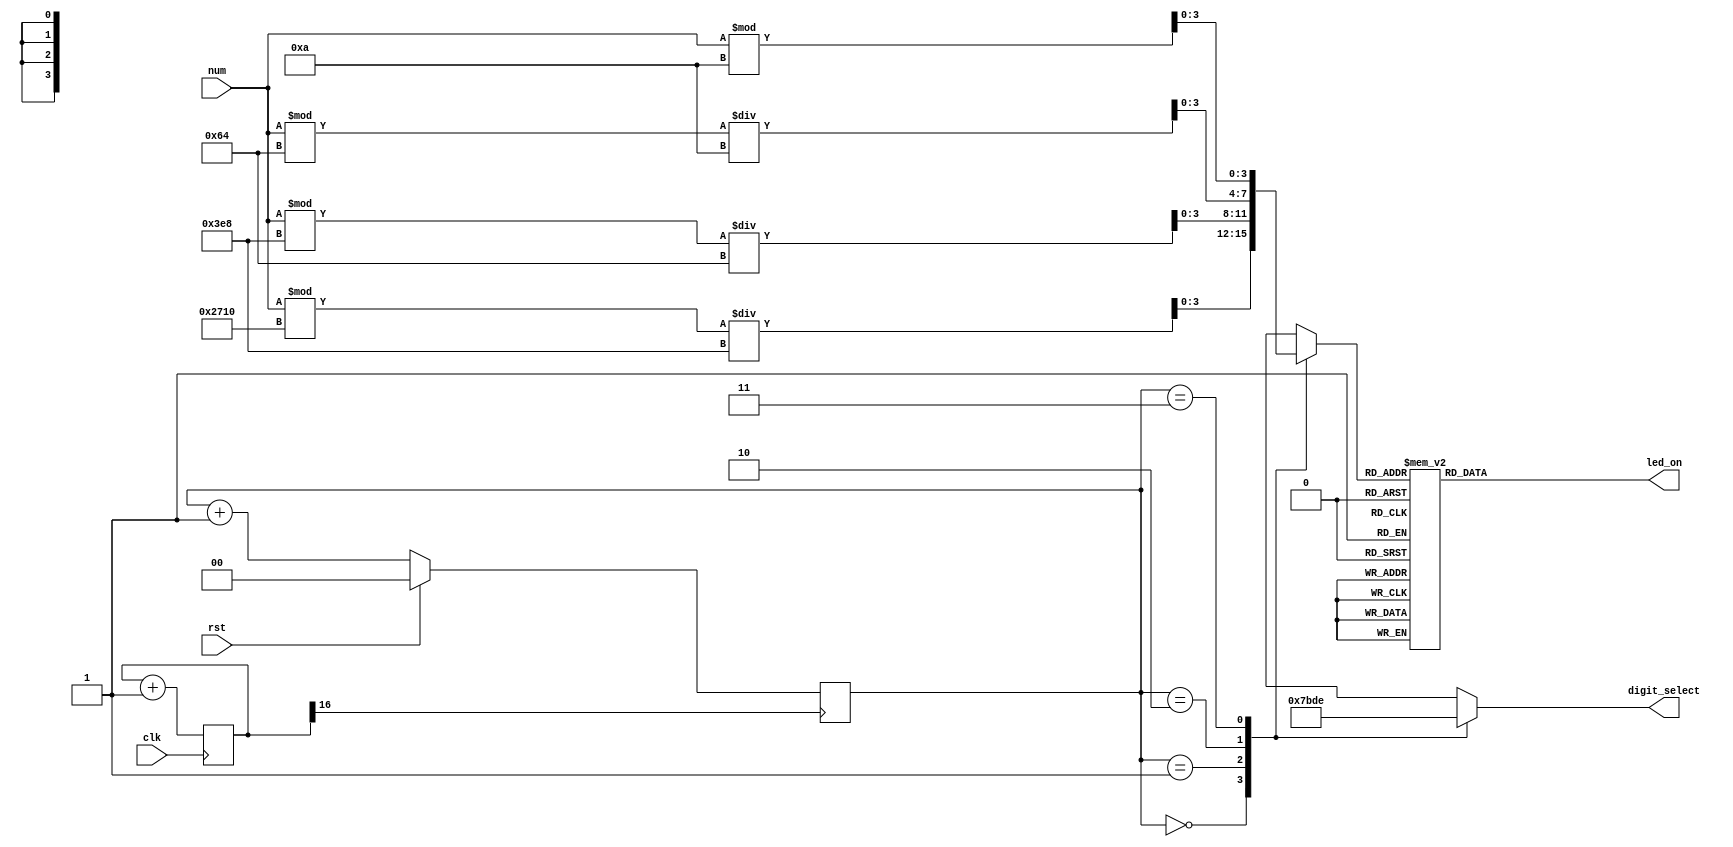
`timescale 1ns / 1ps
//////////////////////////////////////////////////////////////////////////////////
// Company: 
// Engineer: 
// 
// Design Name: 
// Module Name: seg_display
// Project Name: 
// Target Devices: 
// Tool Versions: 
// Description: 
// 
// Dependencies: 
// 
// Revision:
// Revision 0.01 - File Created
// Additional Comments:
// 
//////////////////////////////////////////////////////////////////////////////////
`define SEG7_0 8'b0000001
`define SEG7_1 8'b1001111
`define SEG7_2 8'b0010010
`define SEG7_3 8'b0000110
`define SEG7_4 8'b1001100
`define SEG7_5 8'b0100100
`define SEG7_6 8'b0100000
`define SEG7_7 8'b0001111
`define SEG7_8 8'b0000000
`define SEG7_9 8'b0000100

module seg_display(
    input  wire [11:0] num,

	output reg  [ 7:0] led_on,
	output reg  [ 3:0] digit_select,

	input  wire        clk,
	input  wire        rst
);
	reg  [ 1:0] place_ctr;
	wire [ 3:0] place[3:0];
	reg  [16:0] clk_div;
	wire        clk_slow;
	
	assign clk_slow = clk_div[16];

	always @(*) begin
		case(place_ctr)
			0: digit_select = 4'b0111;
			1: digit_select = 4'b1011;
			2: digit_select = 4'b1101;
			3: digit_select = 4'b1110;
		endcase
	end

	assign place[0] = (num % 10000) / 1000;
	assign place[1] = (num % 1000 ) / 100;
	assign place[2] = (num % 100  ) / 10;
	assign place[3] = (num % 10   );

	
	always @(*) begin
		case (place[place_ctr])
			0: led_on <= `SEG7_0;
			1: led_on <= `SEG7_1;
			2: led_on <= `SEG7_2;
			3: led_on <= `SEG7_3;
			4: led_on <= `SEG7_4;
			5: led_on <= `SEG7_5;
			6: led_on <= `SEG7_6;
			7: led_on <= `SEG7_7;
			8: led_on <= `SEG7_8;
			9: led_on <= `SEG7_9;
			default: led_on <= -1;
		endcase
	end
	
	always @(posedge clk) begin
		clk_div <= clk_div + 1;
	end

	always @(posedge clk_slow) begin
		if (rst) begin
			place_ctr <= 0;
		end else begin
			place_ctr <= place_ctr + 1;
		end
	end
endmodule